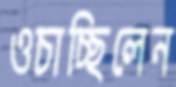
ওচাচ্ছিলেন